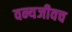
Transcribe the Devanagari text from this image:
वन्यजीवच